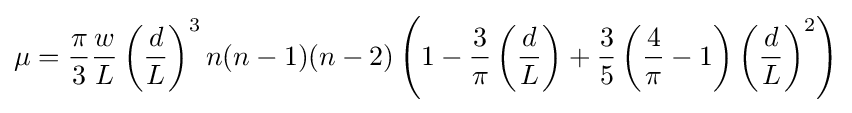
\mu ={\frac {\pi }{3}}{\frac {w}{L}}\left({\frac {d}{L}}\right)^{3}n(n-1)(n-2)\left(1-{\frac {3}{\pi }}\left({\frac {d}{L}}\right)+{\frac {3}{5}}\left({\frac {4}{\pi }}-1\right)\left({\frac {d}{L}}\right)^{2}\right)